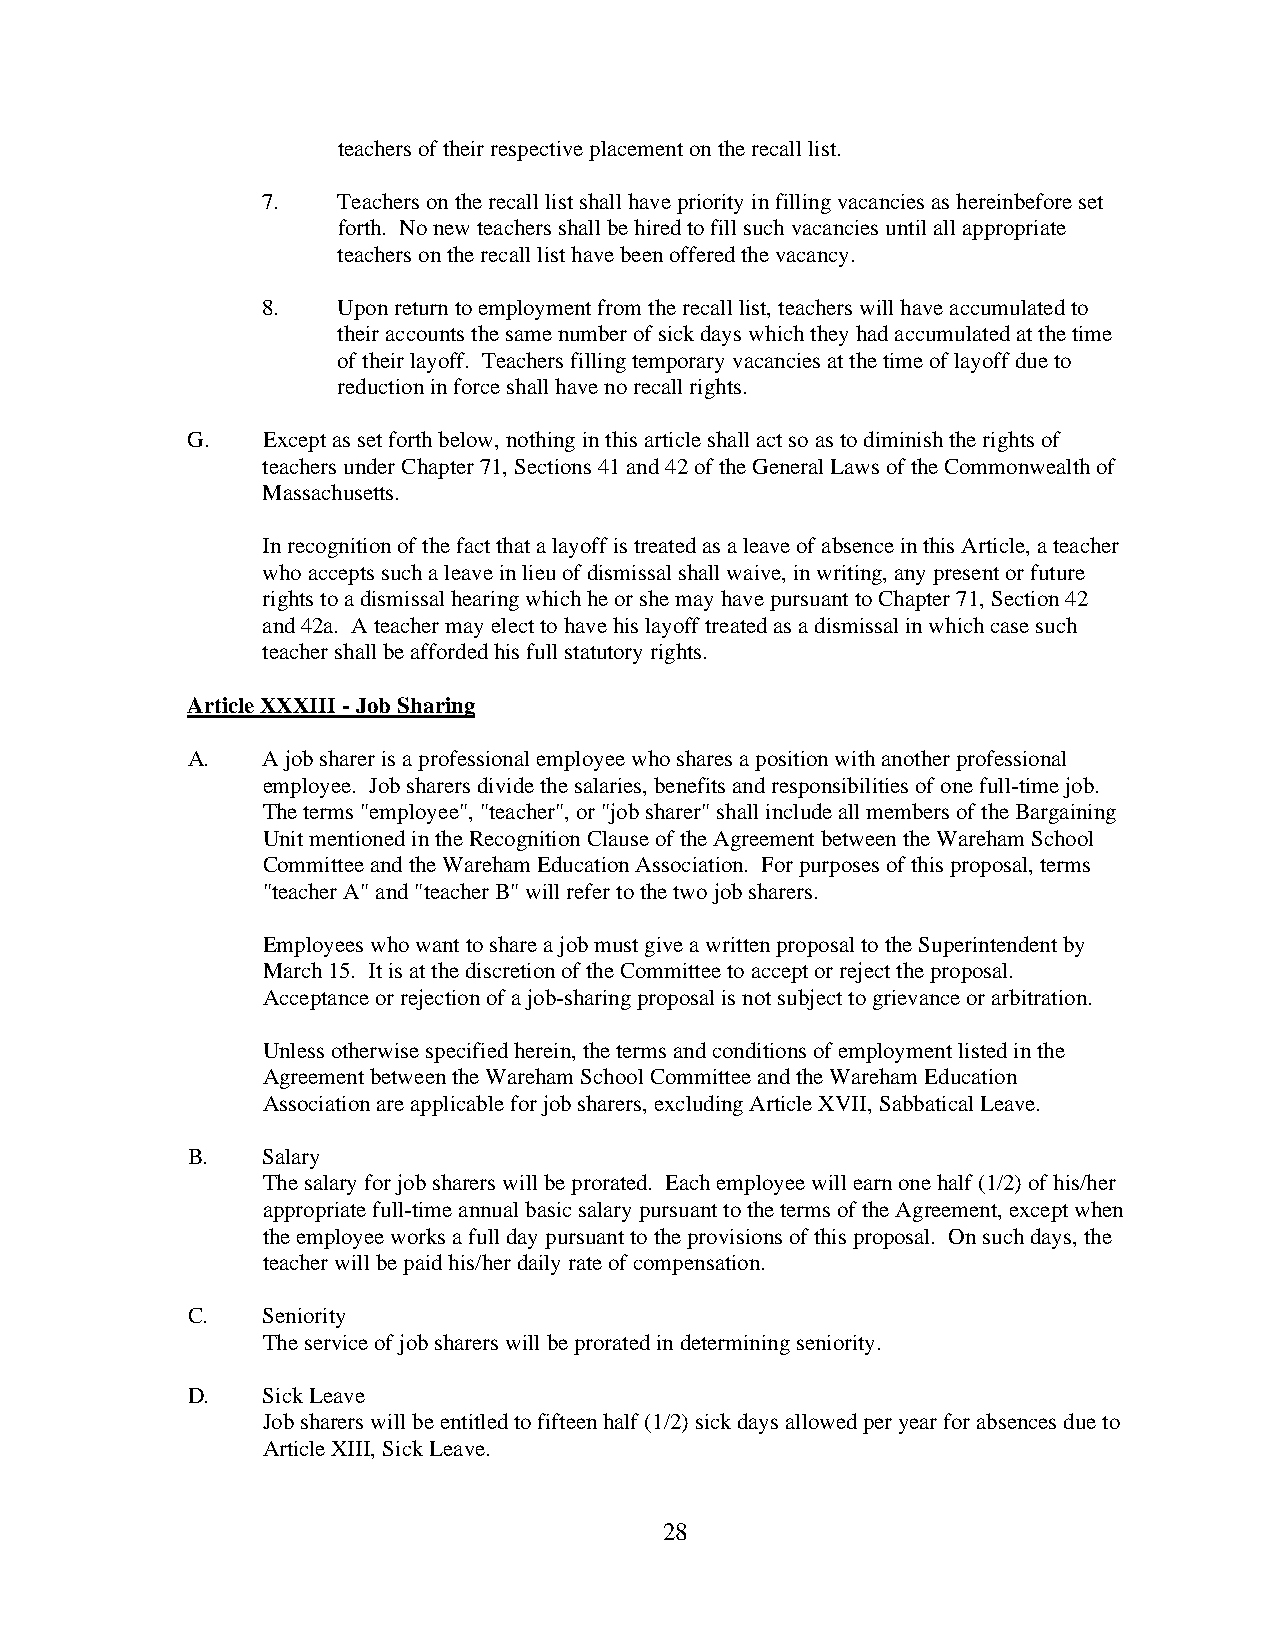
teachers of their respective placement on the recall list.
 7.   Teachers on the recall list shall have priority in filling vacancies as hereinbefore set
 forth. No new teachers shall be hired to fill such vacancies until all appropriate
 teachers on the recall list have been offered the vacancy.
 8.   Upon return to employment from the recall list, teachers will have accumulated to
 their accounts the same number of sick days which they had accumulated at the time
 of their layoff. Teachers filling temporary vacancies at the time of layoff due to
 reduction in force shall have no recall rights.
 G.   Except as set forth below, nothing in this article shall act so as to diminish the rights of
 teachers under Chapter 71, Sections 41 and 42 of the General Laws of the Commonwealth of
 Massachusetts.
 In recognition of the fact that a layoff is treated as a leave of absence in this Article, a teacher
 who accepts such a leave in lieu of dismissal shall waive, in writing, any present or future
 rights to a dismissal hearing which he or she may have pursuant to Chapter 71, Section 42
 and 42a. A teacher may elect to have his layoff treated as a dismissal in which case such
 teacher shall be afforded his full statutory rights.
 Article XXXIII - Job Sharing
 A.   A job sharer is a professional employee who shares a position with another professional
 employee. Job sharers divide the salaries, benefits and responsibilities of one full-time job.
 The terms "employee", "teacher", or "job sharer" shall include all members of the Bargaining
 Unit mentioned in the Recognition Clause of the Agreement between the Wareham School
 Committee and the Wareham Education Association. For purposes of this proposal, terms
 "teacher A" and "teacher B" will refer to the two job sharers.
 Employees who want to share a job must give a written proposal to the Superintendent by
 March 15. It is at the discretion of the Committee to accept or reject the proposal.
 Acceptance or rejection of a job-sharing proposal is not subject to grievance or arbitration.
 Unless otherwise specified herein, the terms and conditions of employment listed in the
 Agreement between the Wareham School Committee and the Wareham Education
 Association are applicable for job sharers, excluding Article XVII, Sabbatical Leave.
 B.   Salary
 The salary for job sharers will be prorated. Each employee will earn one half (1/2) of his/her
 appropriate full-time annual basic salary pursuant to the terms of the Agreement, except when
 the employee works a full day pursuant to the provisions of this proposal. On such days, the
 teacher will be paid his/her daily rate of compensation.
 C.   Seniority
 The service of job sharers will be prorated in determining seniority.
 D.   Sick Leave
 Job sharers will be entitled to fifteen half (1/2) sick days allowed per year for absences due to
 Article XIII, Sick Leave.
 28